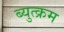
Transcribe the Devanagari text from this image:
ब्युत्क्रम